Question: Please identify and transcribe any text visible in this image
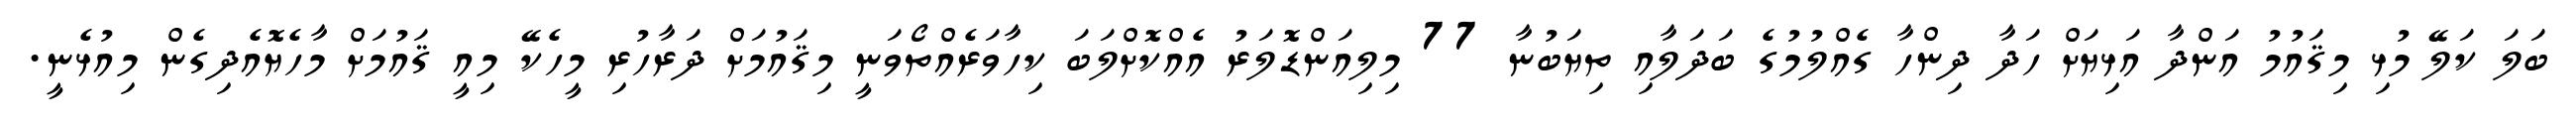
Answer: ބަލަ ކަލޭ މުޅި މިޤައުމު އަންދާ އަޅިޔަށް ހަދާ ދިންހާ ގެއްލުމުގެ ބަދަލާއި ތިޔަބުނާ 77 މިލިއަންޑޮލަރު އެއްކޮށްލަބަ ކިހާވަރެއްތޯވަނީ މިޤައުމަށް ދަރާހުރި މީހެކޭ މިއީ ޤައުމަށް މާހެޔޮއެދިގެން މިއުޅެނީ.